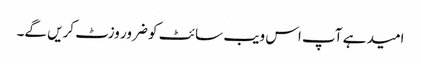
امید ہے آپ اس ویب سائٹ کو ضرور وزٹ کریں گے۔